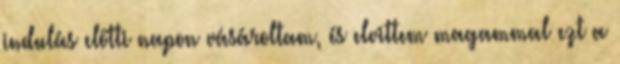
indulás előtti napon vásároltam, és elvittem magammal ezt a